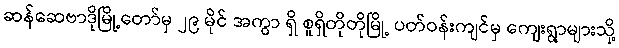
ဆန်ဆေဗာဒိုမြို့တော်မှ ၂၉ မိုင် အကွာ ရှိ စူရှိတိုတိုမြို့ ပတ်ဝန်းကျင်မှ ကျေးရွာများသို့